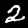
Digit: 2